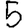
Digit: 5